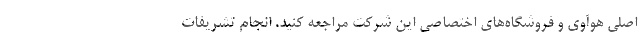
اصلی هوآوی و فروشگاه‌های اختصاصی این شرکت مراجعه کنید. انجام تشریفات